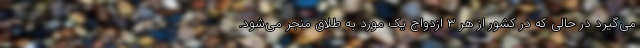
می‌گیرد در حالی که در کشور از هر ۳ ازدواج یک مورد به طلاق منجر می‌شود.